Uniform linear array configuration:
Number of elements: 8
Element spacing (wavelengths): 0.25
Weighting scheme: blackman
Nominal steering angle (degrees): -15
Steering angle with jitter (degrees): -15.167
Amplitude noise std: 0.05
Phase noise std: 0.05

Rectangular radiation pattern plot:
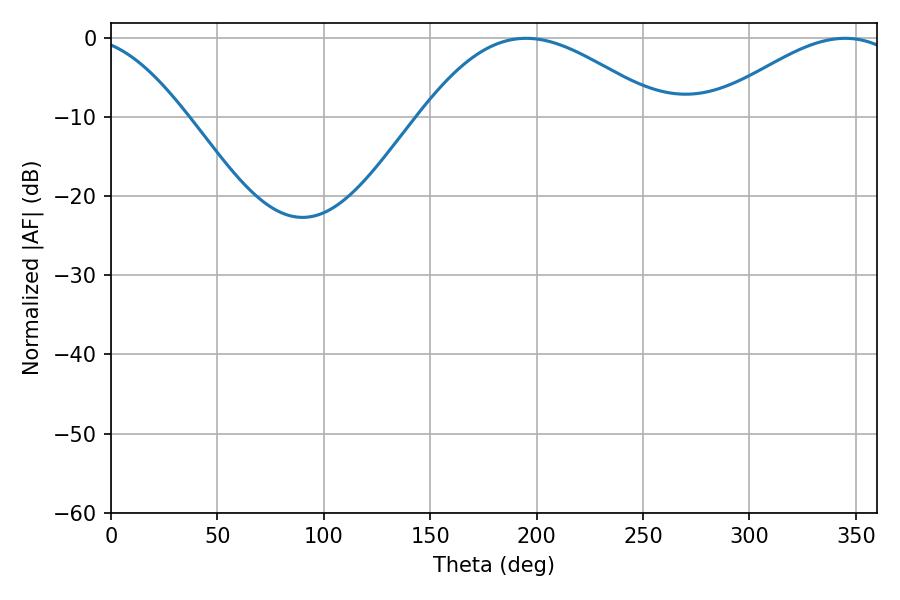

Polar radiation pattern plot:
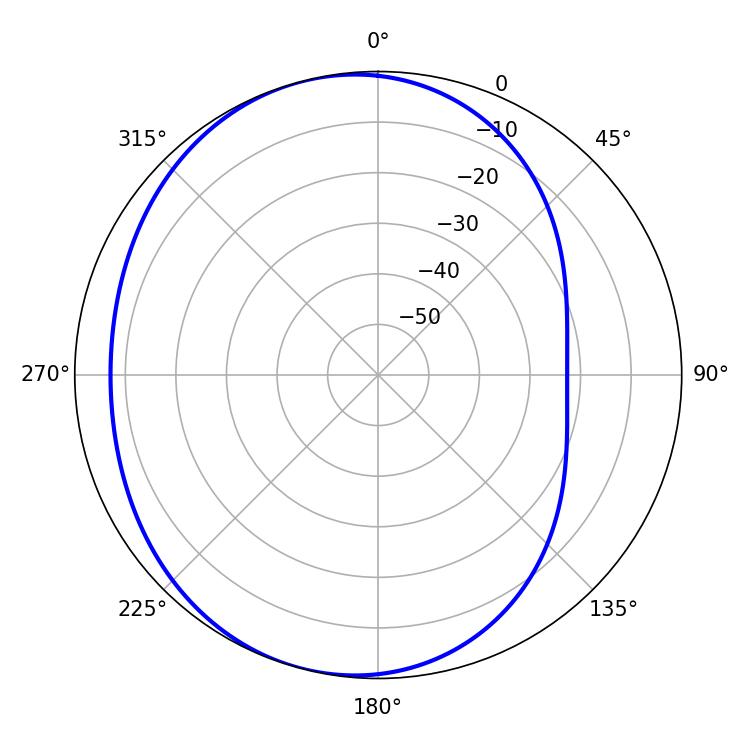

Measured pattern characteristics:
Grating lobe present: FALSE
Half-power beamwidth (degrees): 61.02
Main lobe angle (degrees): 195.12